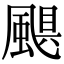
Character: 颶